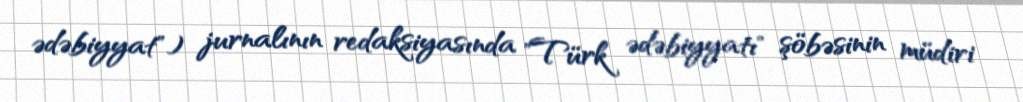
ədəbiyyat") jurnalının redaksiyasında "Türk ədəbiyyatı" şöbəsinin müdiri